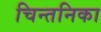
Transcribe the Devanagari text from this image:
चिन्तनिका